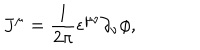
LaTeX: J ^ { \mu } = \frac { 1 } { 2 \pi } \epsilon ^ { \mu \nu } \partial _ { \nu } \phi ,